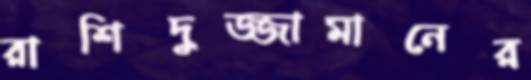
রাশিদুজ্জামানের